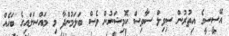
އޭސީސީގެ އިތުރުން ސިވިލް ސާވިސް ކޮމިޝަނުން ވެސް ބަލަމުންދާ މި މައްސަލައިގެ ބަހެއް